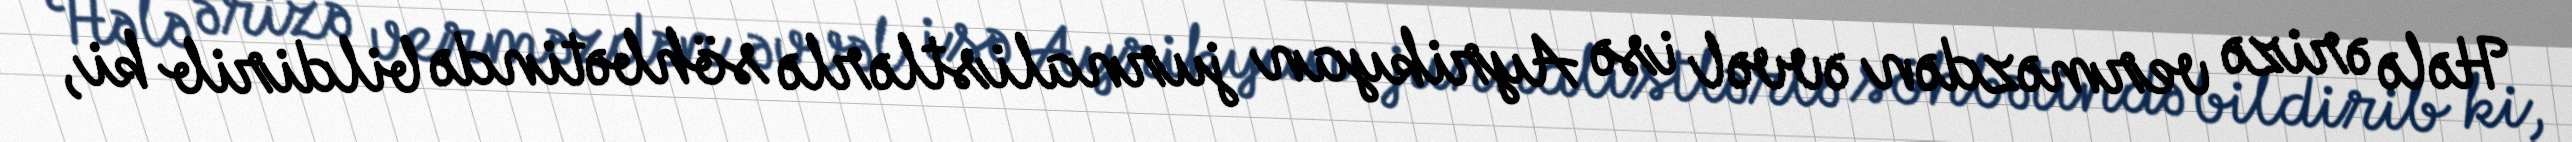
Hələ ərizə verməzdən əvvəl isə Ayrikyan jurnalistlərlə söhbətində bildirib ki,